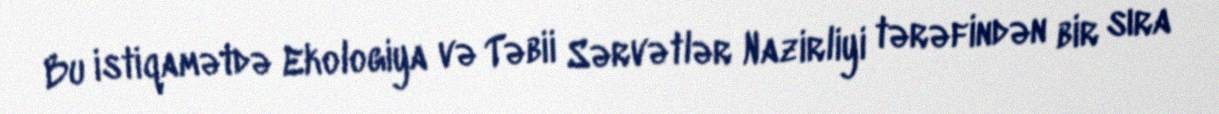
Bu istiqamətdə Ekologiya və Təbii Sərvətlər Nazirliyi tərəfindən bir sıra